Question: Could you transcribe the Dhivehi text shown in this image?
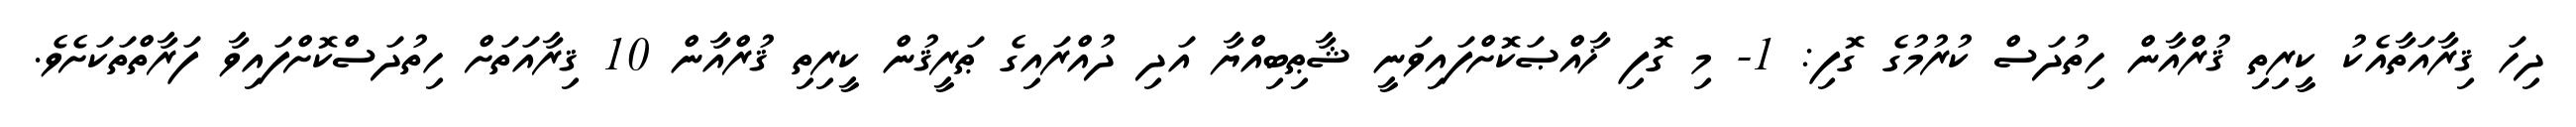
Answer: ދިހަ ޤިރާއަތާއެކު ކީރިތި ޤުރްއާން ހިތުދަސް ކުރުމުގެ ގޮފި: 1- މި ގޮފި ޚާއްޞަކޮށްފައިވަނީ ޝާޠިބިއްޔާ އަދި ދުއްރައިގެ ޠަރީޤުން ކީރިތި ޤުރްއާން 10 ޤިރާއަތަށް ހިތުދަސްކޮށްފައިވާ ފަރާތްތަކަށެވެ.